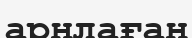
арнлаған